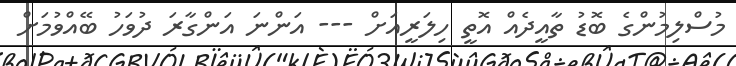
މުސްލިމުންގެ ބޮޑު ތާއީދެއް އޮތީ ހިލަރީއަށް --- އަންނަ އަންގާރަ ދުވަހު ބޭއްވުމަށް